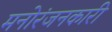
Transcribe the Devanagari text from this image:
मनोरंजनकारी